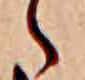
ゝ